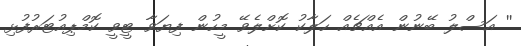
'' އަސްލު ބޭނުން އެއްޗެއް ހަލާކު ކޮށްލެވޭ މީހުން ފިޔަވާ ޓީވީ ކޮމްޕިއުޓަރުފުޅި